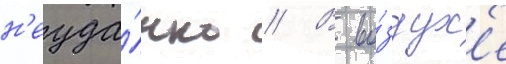
н'еуда́чно // В во́здух'е